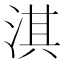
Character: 淇